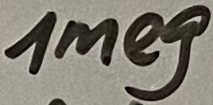
Text: 1meg